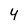
Character: 4